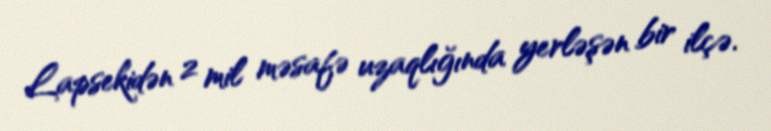
Lapsekidən 2 mil məsafə uzaqlığında yerləşən bir ilçə.